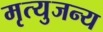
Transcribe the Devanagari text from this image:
मृत्युजन्य